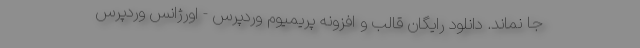
جا نماند. دانلود رایگان قالب و افزونه پریمیوم وردپرس - اورژانس وردپرس